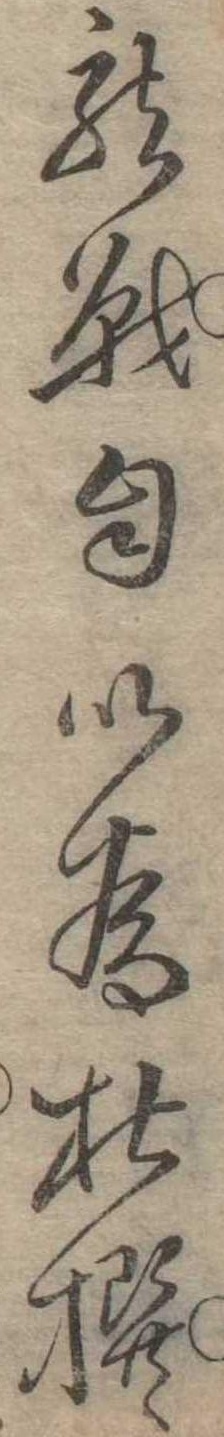
竜戦自以為杜撰